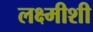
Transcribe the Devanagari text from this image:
लक्ष्मीशी